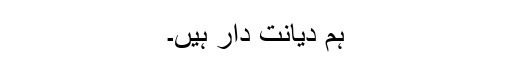
ہم دیانت دار ہیں۔